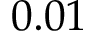
0 . 0 1